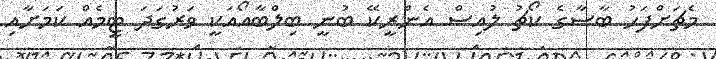
މެޗަށްފަހު ބާސާގެ ކޯޗު ލުއިސް އެންރީކޭ ބުނީ ބިލްބާއޯއަކީ ވަރުގަދަ ޓީމެއް ކަމަށާއި